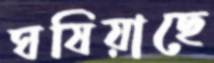
ঘষিয়াছে